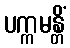
ပက္ကမန္တိံ